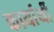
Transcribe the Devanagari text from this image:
कार्यार्थी